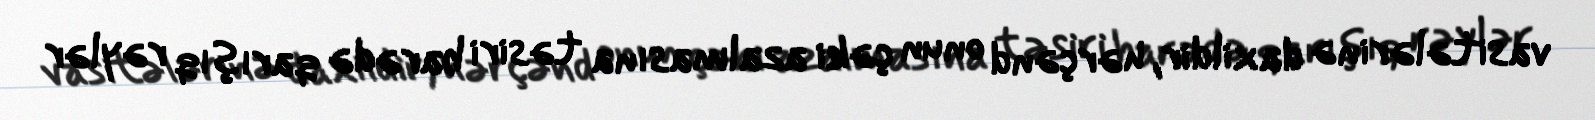
vasitələrinə daxildir, hərçənd onun çəki azalmasına təsiri barədə qarışıq rəylər